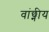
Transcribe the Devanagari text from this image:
वांछ्नीय